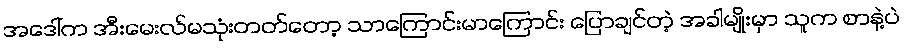
အဒေါ်က အီးမေးလ်မသုံးတတ်တော့ သာကြောင်းမာကြောင်း ပြောချင်တဲ့ အခါမျိုးမှာ သူက စာနဲ့ပဲ